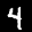
Label: 4